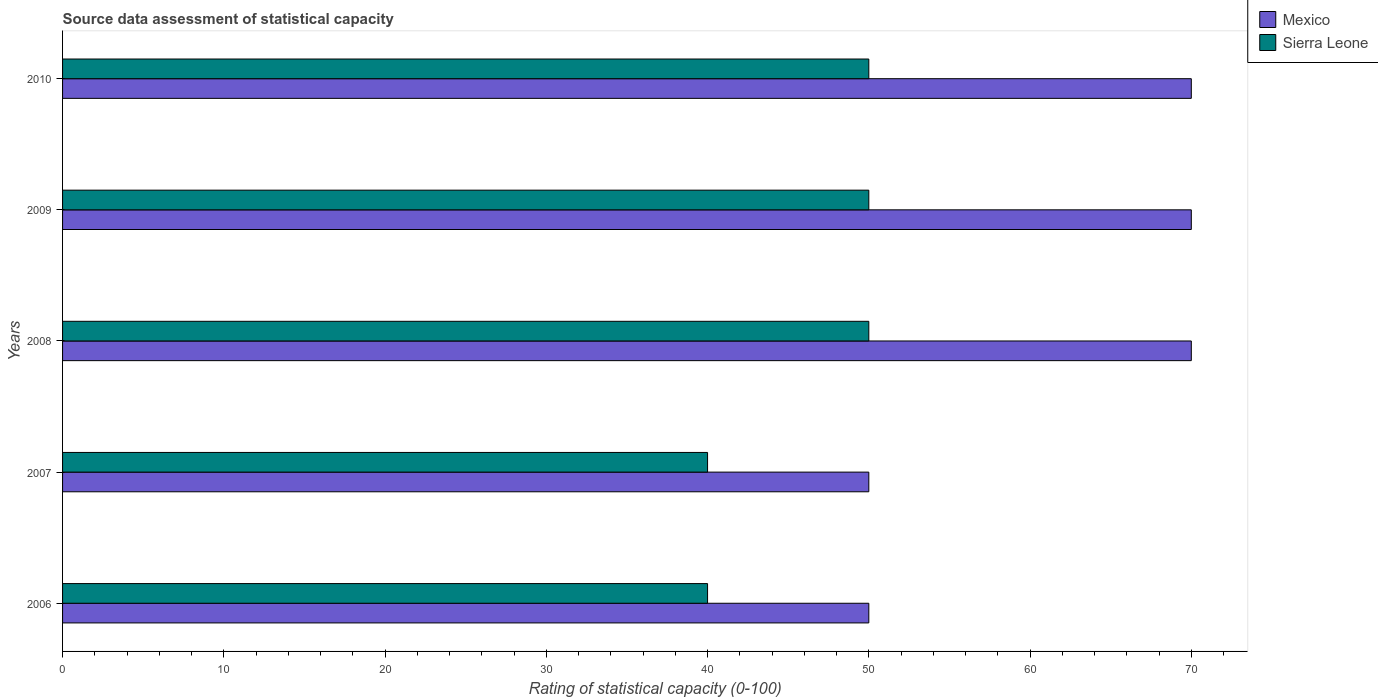
| Years | Mexico | Sierra Leone |
 | --- | --- | --- |
 | 2006 | 50 | 40 |
 | 2007 | 50 | 40 |
 | 2008 | 70 | 50 |
 | 2009 | 70 | 50 |
 | 2010 | 70 | 50 |